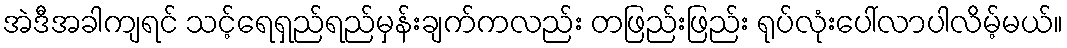
အဲဒီအခါကျရင် သင့်ရေရှည်ရည်မှန်းချက်ကလည်း တဖြည်းဖြည်း ရုပ်လုံးပေါ်လာပါလိမ့်မယ်။